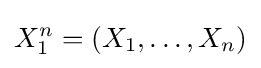
X_{1}^{n}=(X_{1},\ldots ,X_{n})